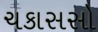
ચકાસસો